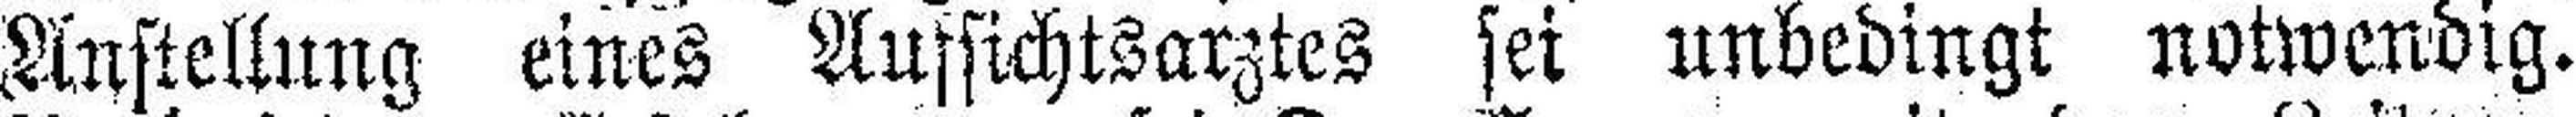
Anstellung eines Aufsichtsarztes sei unbedingt notwendig.